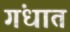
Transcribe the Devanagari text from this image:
गंधात